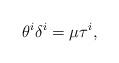
LaTeX: \begin{align*}\theta^i\delta^i = \mu \tau^i, \end{align*}